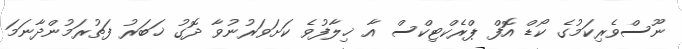
ނޫސްވެރިކަމުގެ ކޯޑް އޮފް ޕްރެކްޓިކްސް އާ ޚިލާފުވެ ކަށަވަރުނުވާ ދޮގު ޚަބަރު ފަތުރަމުންދާނަމަ